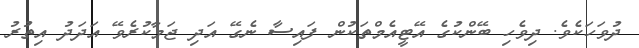
ދުވަހަކެވެ. ދިވެހި ބޭންކުގެ އޭޓީއެމްތަކުން ފައިސާ ނެގޭ އަދި ޖަމާކުރެވޭ އަދަދު އިތުރު